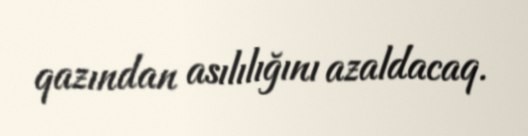
qazından asılılığını azaldacaq.